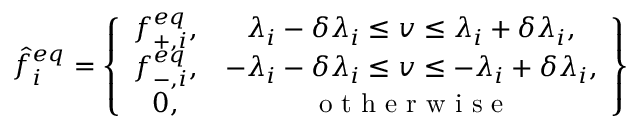
\hat { f } _ { i } ^ { e q } = \left\{ \begin{array} { c c } { f _ { + , i } ^ { e q } , } & { \lambda _ { i } - \delta \lambda _ { i } \leq v \leq \lambda _ { i } + \delta \lambda _ { i } , } \\ { f _ { - , i } ^ { e q } , } & { - \lambda _ { i } - \delta \lambda _ { i } \leq v \leq - \lambda _ { i } + \delta \lambda _ { i } , } \\ { 0 , } & { \mathrm { ~ o ~ t ~ h ~ e ~ r ~ w ~ i ~ s ~ e ~ } } \end{array} \right\}